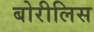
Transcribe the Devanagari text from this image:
बोरीलिस